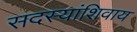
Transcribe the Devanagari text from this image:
सदस्यांशिवाय